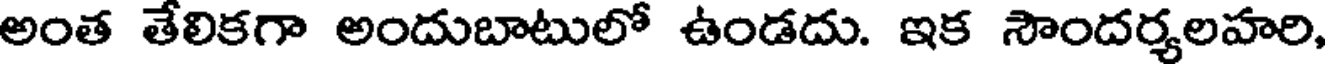
అంత తేలికగా అందుబాటులో ఉండదు. ఇక సౌందర్యలహరి,